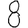
Digit: 8